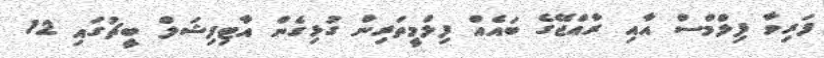
ފަރިވާ ފިލްމްސް އާއި ރާއްޖޭގެ ބައެއް ފިލްމީތަރިން ގުޅިގެން އާޓިފިޝަލް ބީޗުގައި 12